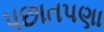
પછાતપણા